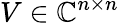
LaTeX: V\in\mathbb{C}^{n\times n}